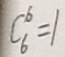
C ^ { 6 } _ { 6 } = 1